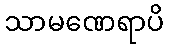
သာမဏေရာပိ